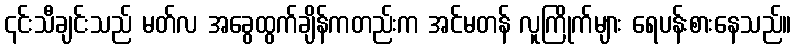
၎င်းသီချင်းသည် မတ်လ အခွေထွက်ချိန်ကတည်းက အင်မတန် လူကြိုက်များ ရေပန်းစားနေသည်။